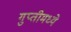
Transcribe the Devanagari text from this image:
गुप्तीमध्ये